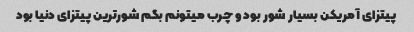
پیتزای آمریکن بسیار شور بود و چرب میتونم بگم شورترین پیتزای دنیا بود